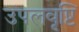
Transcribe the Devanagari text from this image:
उपलवृष्टि